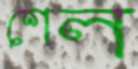
শেল